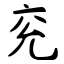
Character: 兖